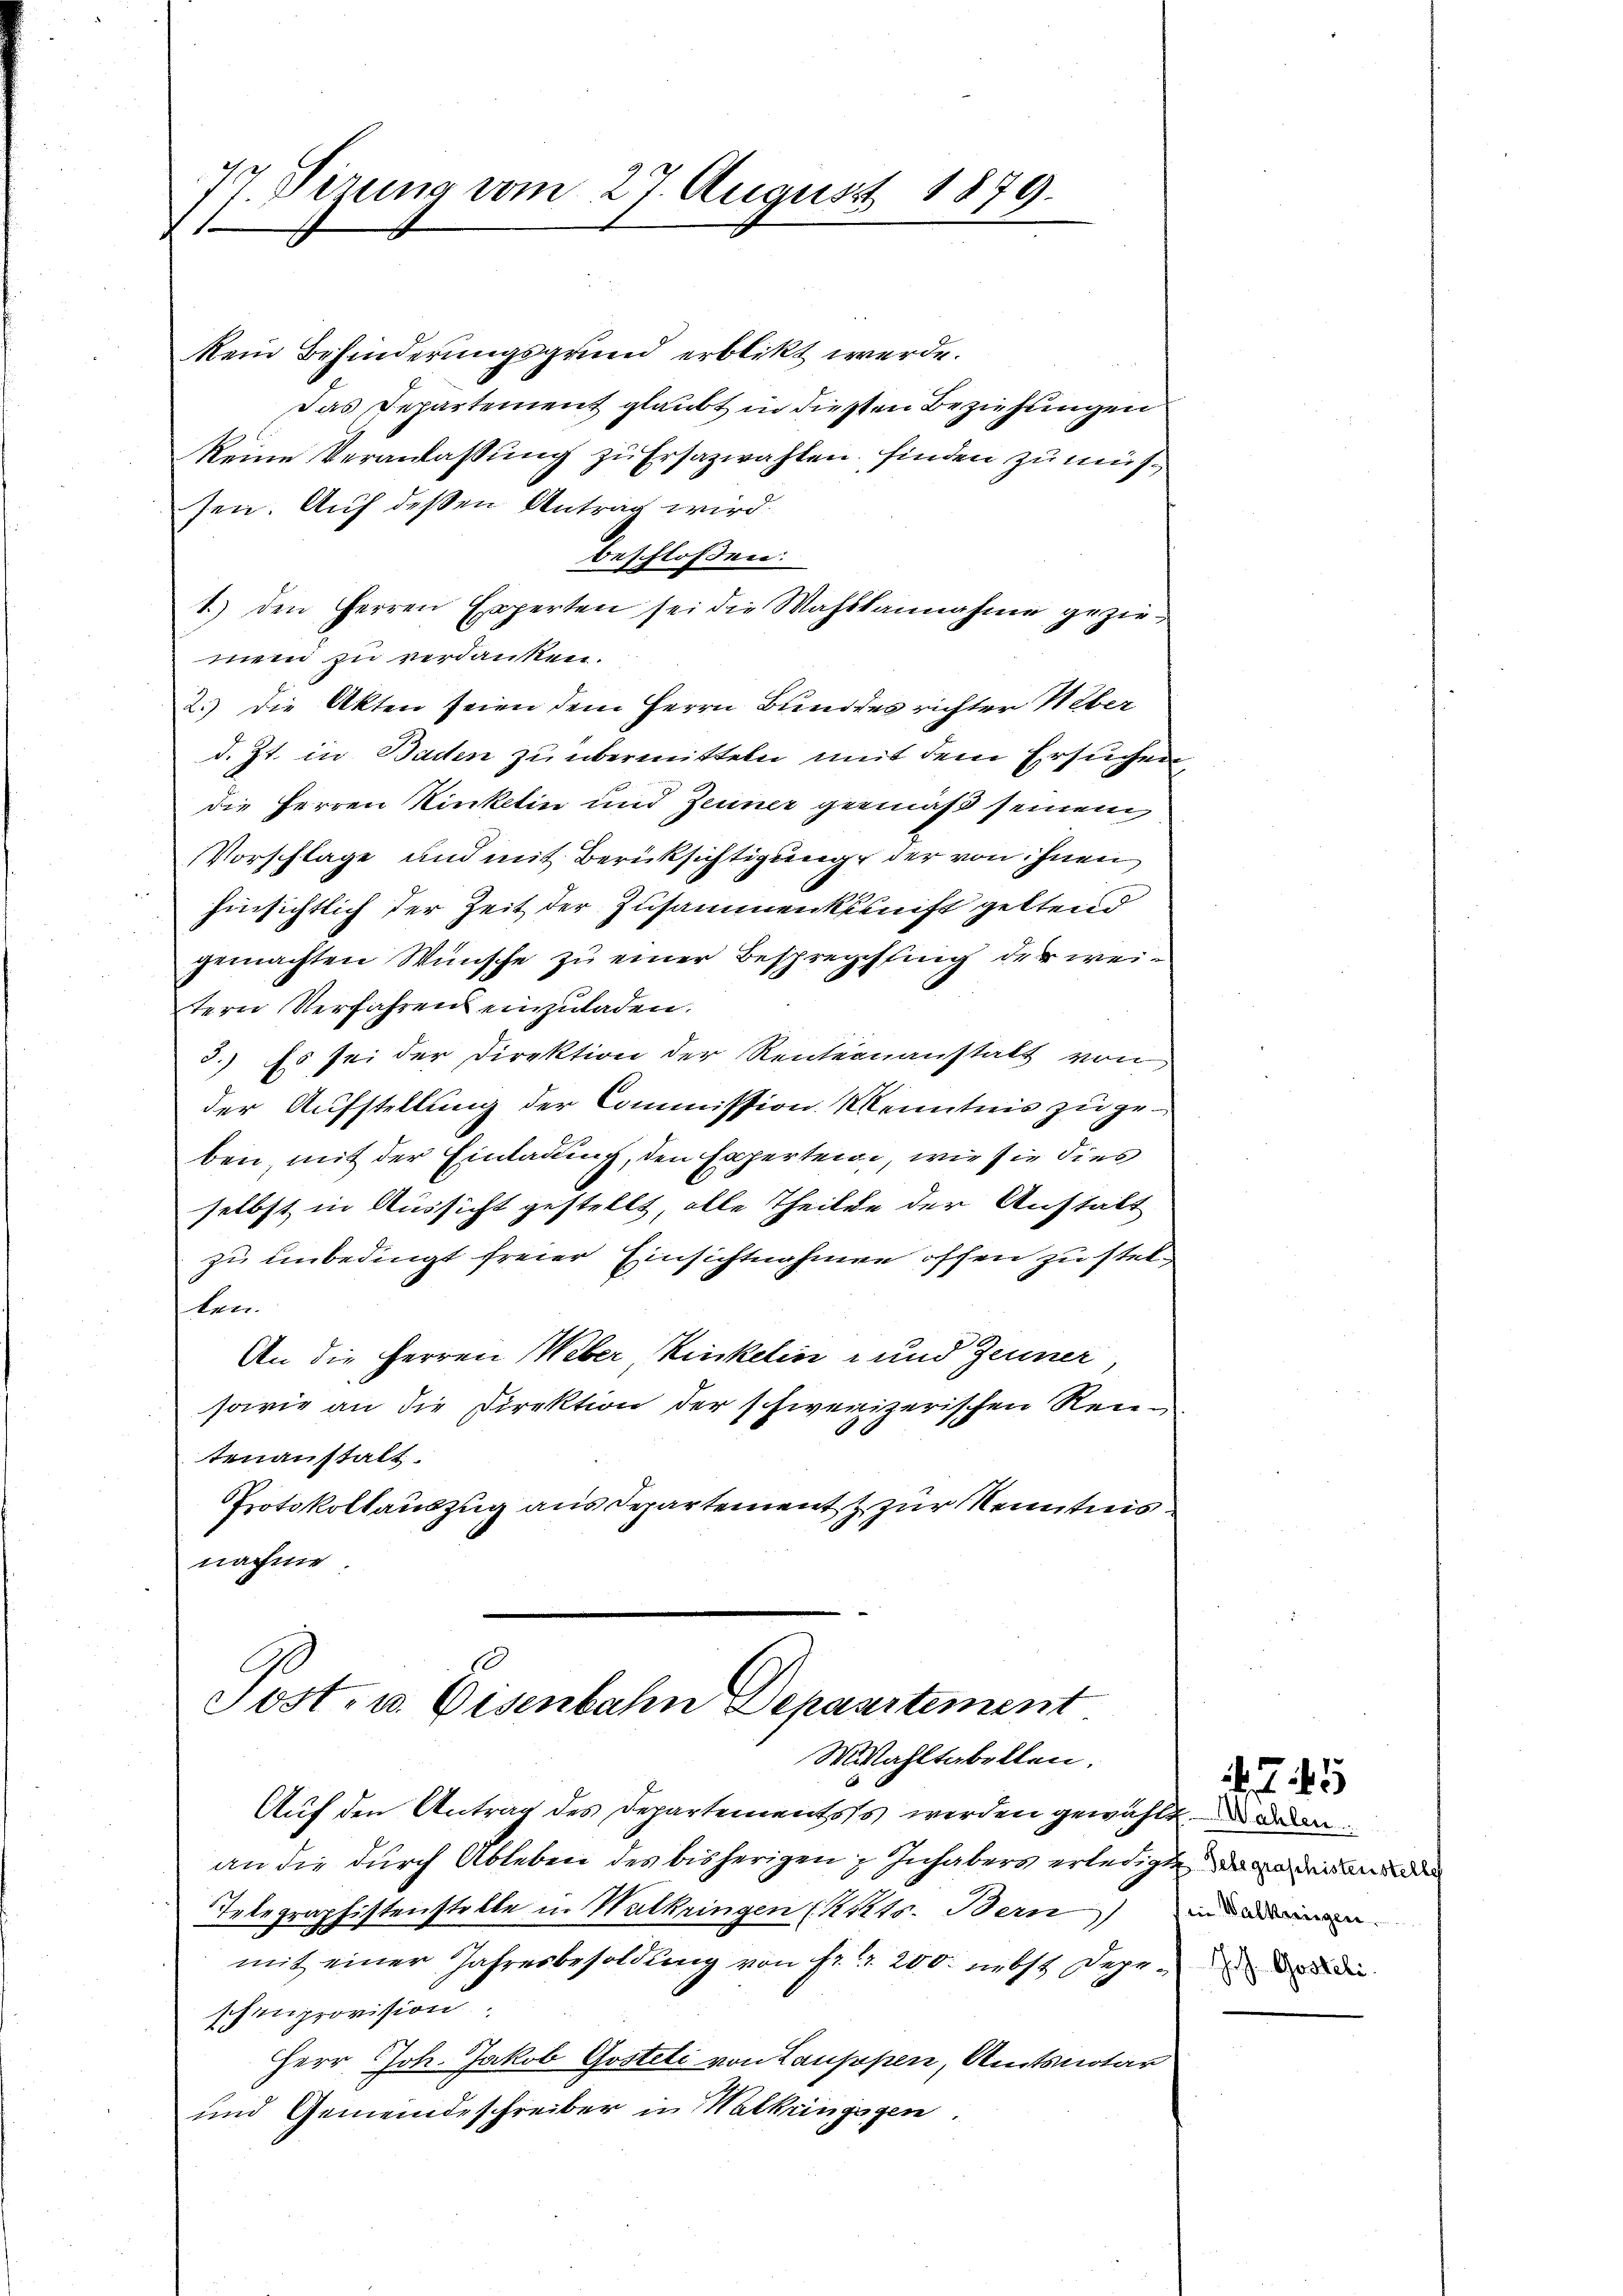
77 Sirung vom 27. August 1879.

kein Behinderungsgrund erblickt werde.
Das Departement glaubt in diesen Beziehungen
keine Veranlassung zu Ersazwahlen, finden zu müssen. Auf deßen Antrag wird.
beschlossen:
1.) den Herren Experten sei die Wahlkannahme geziemein zu verdanken.
2.) Die Akten seien dem Herrn Bundes richter Ueber
d. Zt. in Baden zu übermitteln mit dem Ersuchen,
die Herren Kinkelin und Zeuner gemäß seinem
Vorschlage und mit Berücksichtigung der von ihnen
hinsichtlich der Zeit der Zusammenkunft geltend
gemachten Wünsche zu einer Besprechling der weitern Verfahrens einzŭladen.
3.) Es sei der Direktion der Rentenanstalt von
der Aufstellung der Commission Kenntnis zu geben, mit der Einladung, den Experteige, wie sie dies
selbst in Aussicht gestellt, alle Theilte der Anstalt
zu unbedingt freier Einsichtnahmen offen zu stelten
An die Herren Weber Kinkelin- und Zeuner,
sowie an die Direktion der schweizerischen Rentenanstalt.
Protokollauszug aus Departement & zur Kenntnis
nachme

Post- u. Eisenbahn Depaartement
Mahltabellen.

Auf den Antrag des Departementoss werden gewählt den
an die durch Ableben des bisherigen Inhabers erledigte, da an werden de
Telegraphistenstelle in Walkringen (Krets. Bern)
mit einer Jahresbesoldung von fr. 1 200. nebst Degen die
schenprovision
Herr Joh. Jakob Gosteli von Lauppen, Amtsnotar
und Gemeindeschreiber in Walkringsgen.

7 45

in Walkeringen.